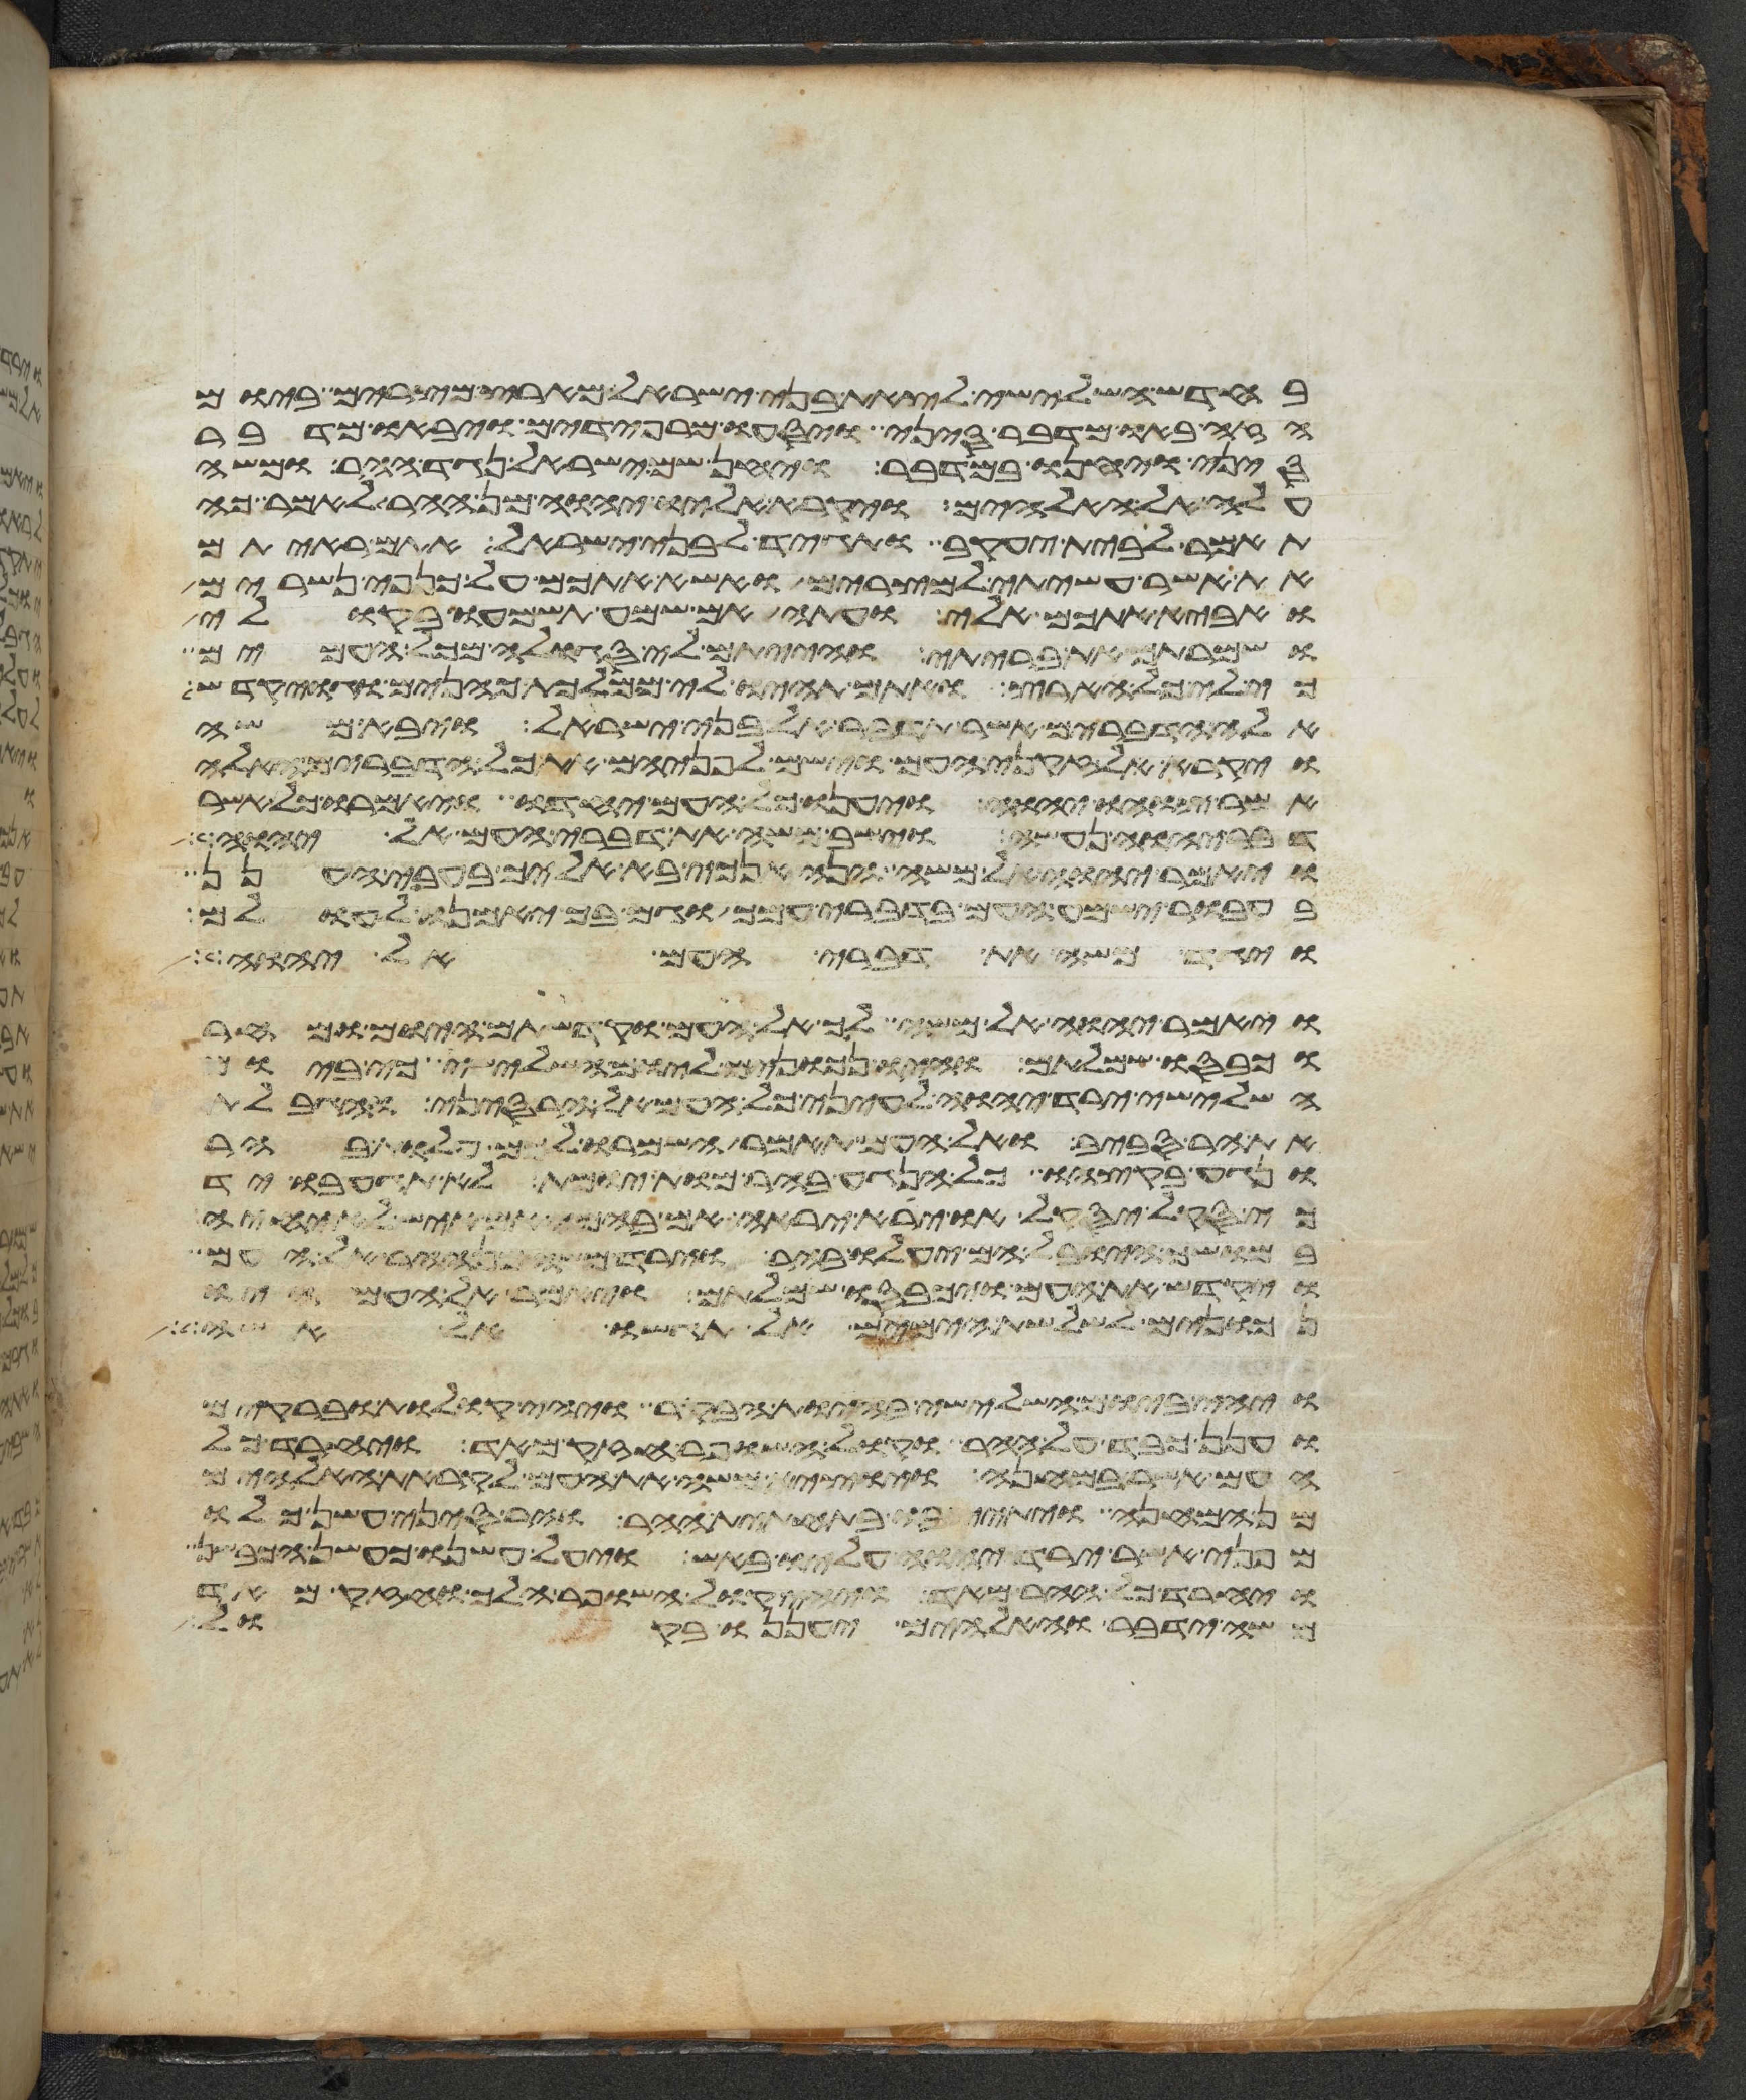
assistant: בחדש השלישי לצאת בני ישראל מארץ מצרים ביום
הזה באו מדבר סיני ויסעו מרפידים ויבאו מדבר
סיני ויחנו במדבר ויחן שם ישראל נגד ההר ומשה
עלה אל האלהים ויקרא אליו יהוה מן ההר לאמר כה
תאמר לבית יעקב ותגיד לבני ישראל אתם ראיתם
את אשר עשיתי למצרים ואשא אתכם על כנפי נשרים
ואביא אתכם אלי ועתה אם שמע תשמעו בקולי
ושמרתם את בריתי והייתם לי סגלה מכל העמים
כי לי כל הארץ ואתם תהיו לי ממלכת כהנים וגוי קדש
אלה הדברים אשר תדבר אל בני ישראל ויבא משה
ויקרא לזקני העם וישם לפניהם את כל הדברים האלה
אשר צוהו יהוה ויענו כל העם יחדו ויאמרו כל אשר
דבר יהוה נעשה וישב משה את דברי העם אל יהוה
ויאמר יהוה אל משה הנה אנכי בא אליך בעבי הענן
בעבור ישמע העם בדברי עמך וגם בך יאמנו לעולם
ויגד משה את דברי העם אל יהוה
ויאמר יהוה אל משה לך אל העם וקדשתם היום ומחר
וכבסו שמלותם והיו נכונים ליום השלישי כי ביום
השלישי ירד יהוה לעיני כל העם אל הר סיני והגבלת
את ההר סביב ואל העם תאמר השמרו לכם עלות בהר
ונגע בקצהו כל הנגע בהר מות יומת לא תגע בו יד
כי סקל יסקל או ירא יראה אם בהמה אם איש לא יחיה
במושך היובל הם יעלו בהר וירד משה מן ההר אל העם
ויקדש את העם ויכבסו שמלותם ויאמר אל העם היו
נכונים לשלשת הימים אל תגשו אל אשה
ויהי ביום השלישי בהיות הבקר ויהי קולות וברקים
וענן כבד על ההר וקול השופר חזק מאד ויחרד כל
העם אשר במחנה ויוצא משה את העם לקראת האלהים
מן המחנה ויתיצבו בתחתית ההר והר סיני עשן כלו
מפני אשר ירד יהוה עליו באש ויעל עשנו כעשן הכבשן
ויחרד כל ההר מאד ויהי קול השופר הלך וחזק מאד
משה ידבר והאלהים יעננו בקול